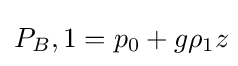
P_{B},1=p_{0}+g\rho _{1}z\!